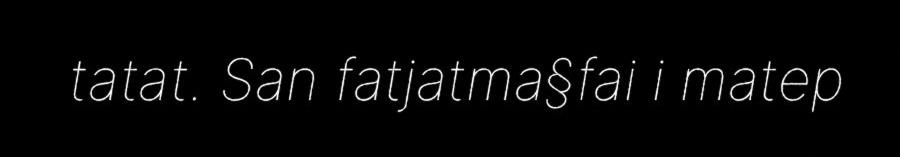
tatat. San fatjatma§fai i matep